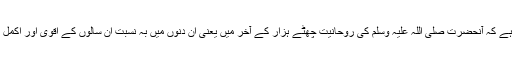
بلکہ حق یہ ہے کہ آنحضرت صلی اللہ علیہ وسلم کی روحانیت چھٹے ہزار کے آخر میں یعنی اِن دنوں میں بہ نسبت اُن سالوں کے اقویٰ اور اکمل اور اشد ہے۔